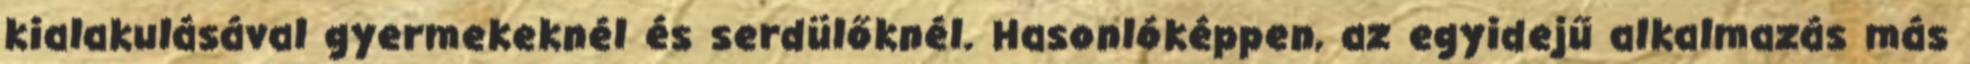
kialakulásával gyermekeknél és serdülőknél. Hasonlóképpen, az egyidejű alkalmazás más